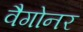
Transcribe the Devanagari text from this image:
वैगोनर